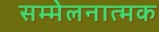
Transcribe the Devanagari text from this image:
सम्मेलनात्मक